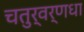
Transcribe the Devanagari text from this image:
चतुर्वर्णधा